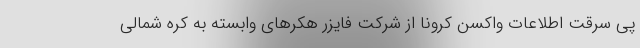
پی سرقت اطلاعات واکسن کرونا از شرکت فایزر هکرهای وابسته به کره شمالی